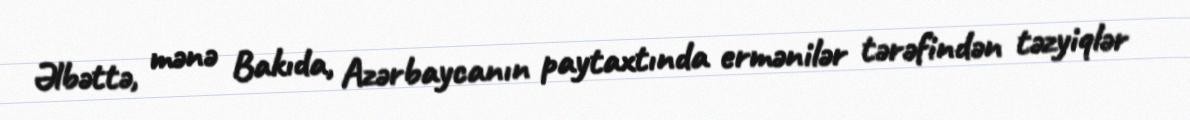
Əlbəttə, mənə Bakıda, Azərbaycanın paytaxtında ermənilər tərəfindən təzyiqlər